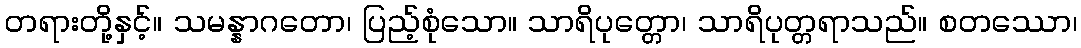
တရားတို့နှင့်။ သမန္နာဂတော၊ ပြည့်စုံသော။ သာရိပုတ္တော၊ သာရိပုတ္တရာသည်။ စတဿော၊